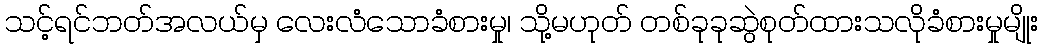
သင့်ရင်ဘတ်အလယ်မှ လေးလံသောခံစားမှု၊ သို့မဟုတ် တစ်ခုခုဆွဲစုတ်ထားသလိုခံစားမှုမျိုး